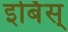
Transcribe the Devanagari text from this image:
इर्बिस्